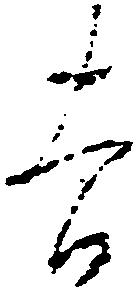
吉